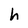
Character: h